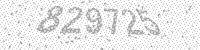
Solution: 829725